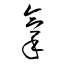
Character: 拿